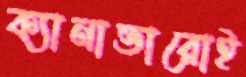
ক্যানাভারোই